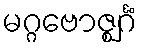
မဂ္ဂဗောဇ္ဈင်္ဂံ